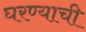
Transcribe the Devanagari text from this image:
घरण्याची